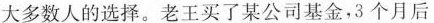
大多数人的选择。老王买了某公司基金，3个月后